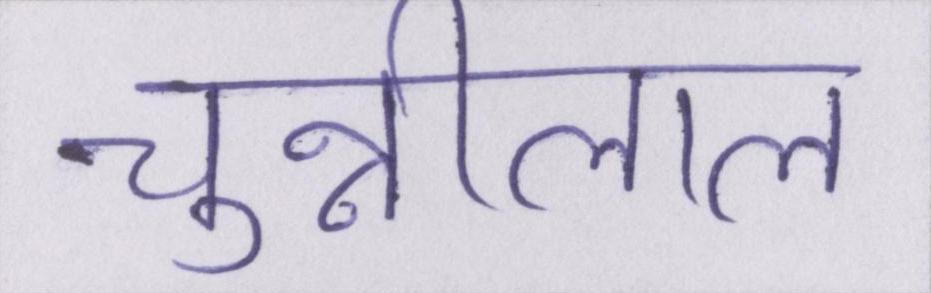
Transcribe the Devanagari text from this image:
चुन्नीलाल